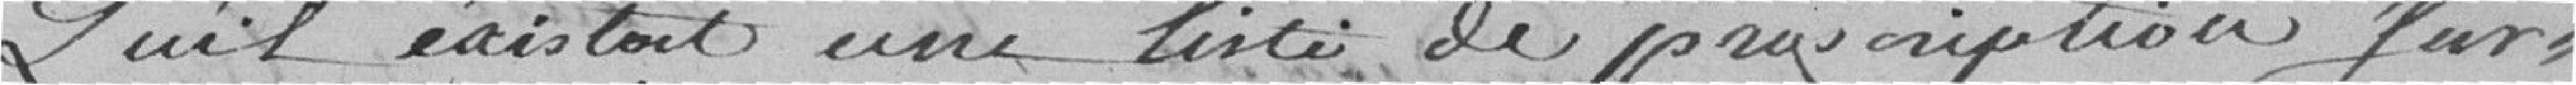
Qu'il existait une liste de proscription sur